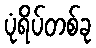
ပုံရိပ်တစ်ခု